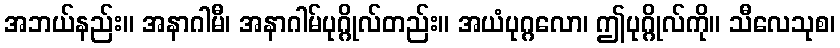
အဘယ်နည်း။ အနာဂါမီ၊ အနာဂါမ်ပုဂ္ဂိုလ်တည်း။ အယံပုဂ္ဂလော၊ ဤပုဂ္ဂိုလ်ကို။ သီလေသုစ၊